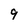
Character: 9